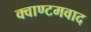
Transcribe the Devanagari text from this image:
क्वाण्टमवाद